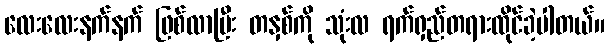
လေးလေးနက်နက် ဖြစ်လာပြီး တနှစ်ကို သုံးလ ရက်ရှည်တရားထိုင်ခဲ့ပါတယ်။